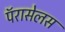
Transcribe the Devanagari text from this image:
पॅरासेलस